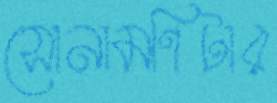
সোনামণিটার